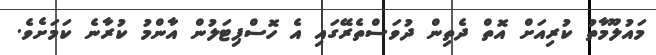
މައުލޫމާތު ކުރިއަށް އޮތް ދެތިން ދުވަސްތެރޭގައި އެ ހޮސްޕިޓަލުން އާންމު ކުރާނެ ކަމަށެވެ.